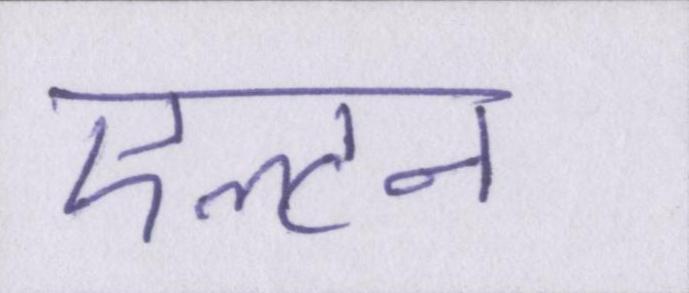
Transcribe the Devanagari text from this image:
एल्टन